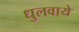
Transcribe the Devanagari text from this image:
धुलवाये